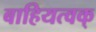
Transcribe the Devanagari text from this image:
बाहियत्वक्‌